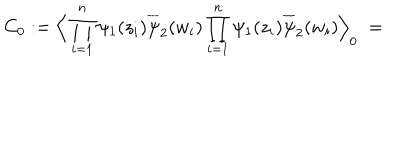
C _ { 0 } : = \Big \langle \prod _ { i = 1 } ^ { n } \psi _ { 1 } ( z _ { i } ) \overline { { { \psi } } } _ { 2 } ( w _ { i } ) \prod _ { i = 1 } ^ { n } \psi _ { 1 } ( z _ { i } ) \overline { { { \psi } } } _ { 2 } ( w _ { i } ) \Big \rangle _ { 0 } \; =